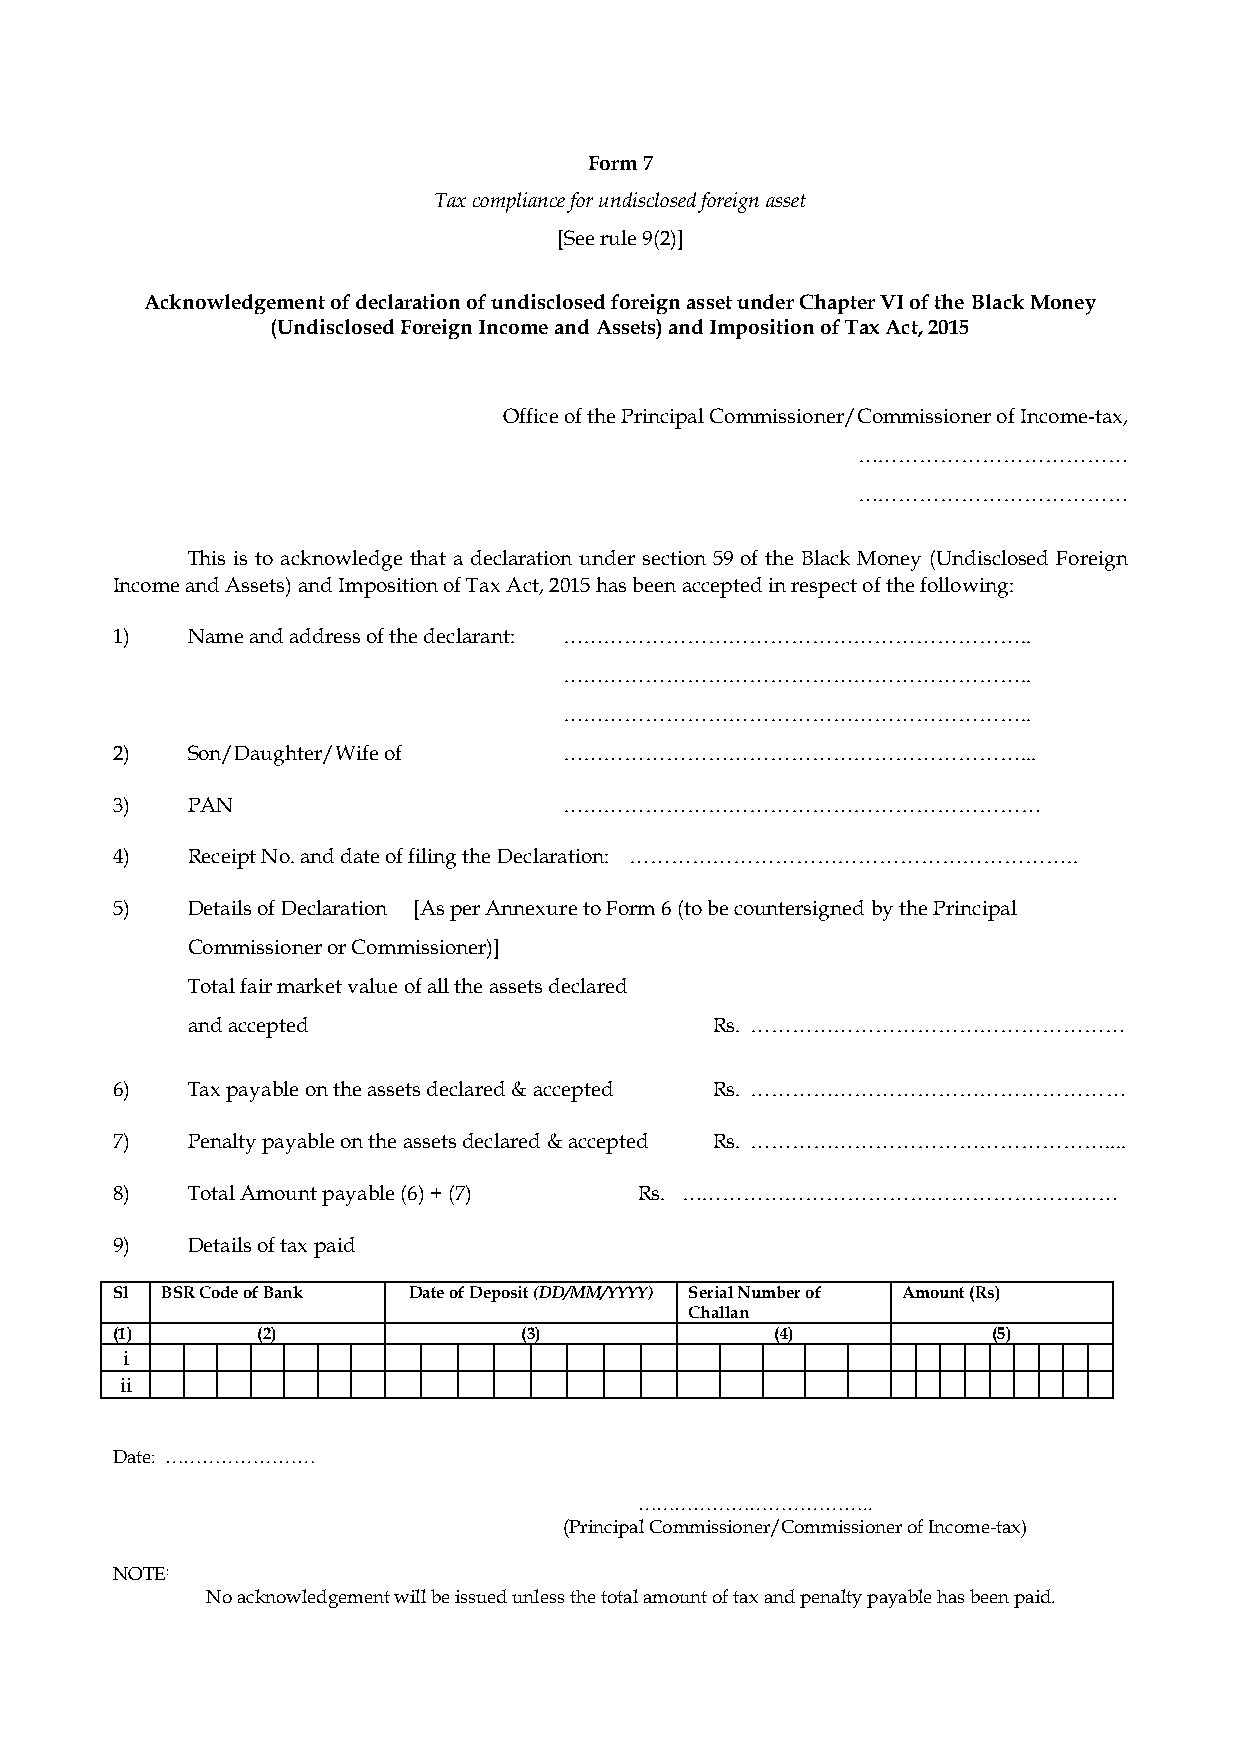
Form 7
 Tax compliance for undisclosed foreign asset
 [See rule 9(2)]
 Acknowledgement of declaration of undisclosed foreign asset under Chapter VI of the Black Money
 (Undisclosed Foreign Income and Assets) and Imposition of Tax Act, 2015
 Office of the Principal Commissioner/Commissioner of Income-tax,
 …………………………………
 …………………………………
 This is to acknowledge that a declaration under section 59 of the Black Money (Undisclosed Foreign
 Income and Assets) and Imposition of Tax Act, 2015 has been accepted in respect of the following:
 1)   Name and address of the declarant: …………………………………………………………..
 …………………………………………………………..
 …………………………………………………………..
 2)   Son/Daughter/Wife of     …………………………………………………………...
 3)   PAN                      ……………………………………………………………
 4)   Receipt No. and date of filing the Declaration: ………………………………………………………..
 5)   Details of Declaration [As per Annexure to Form 6 (to be countersigned by the Principal
 Commissioner or Commissioner)]
 Total fair market value of all the assets declared
 and accepted                       Rs. ………………………………………………
 6)   Tax payable on the assets declared & accepted Rs. ………………………………………………
 7)   Penalty payable on the assets declared & accepted Rs. ……………………………………………....
 8)   Total Amount payable (6) + (7) Rs. ………………………………………………………
 9)   Details of tax paid
 Sl  BSR Code of Bank Date of Deposit (DD/MM/YYYY) Serial Number of Amount (Rs)
 Challan
 (1)       (2)              (3)              (4)            (5)
 i
 ii
 Date: ……………………
 ………………………………..
 (Principal Commissioner/Commissioner of Income-tax)
 NOTE:
 No acknowledgement will be issued unless the total amount of tax and penalty payable has been paid.